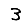
Digit: 3